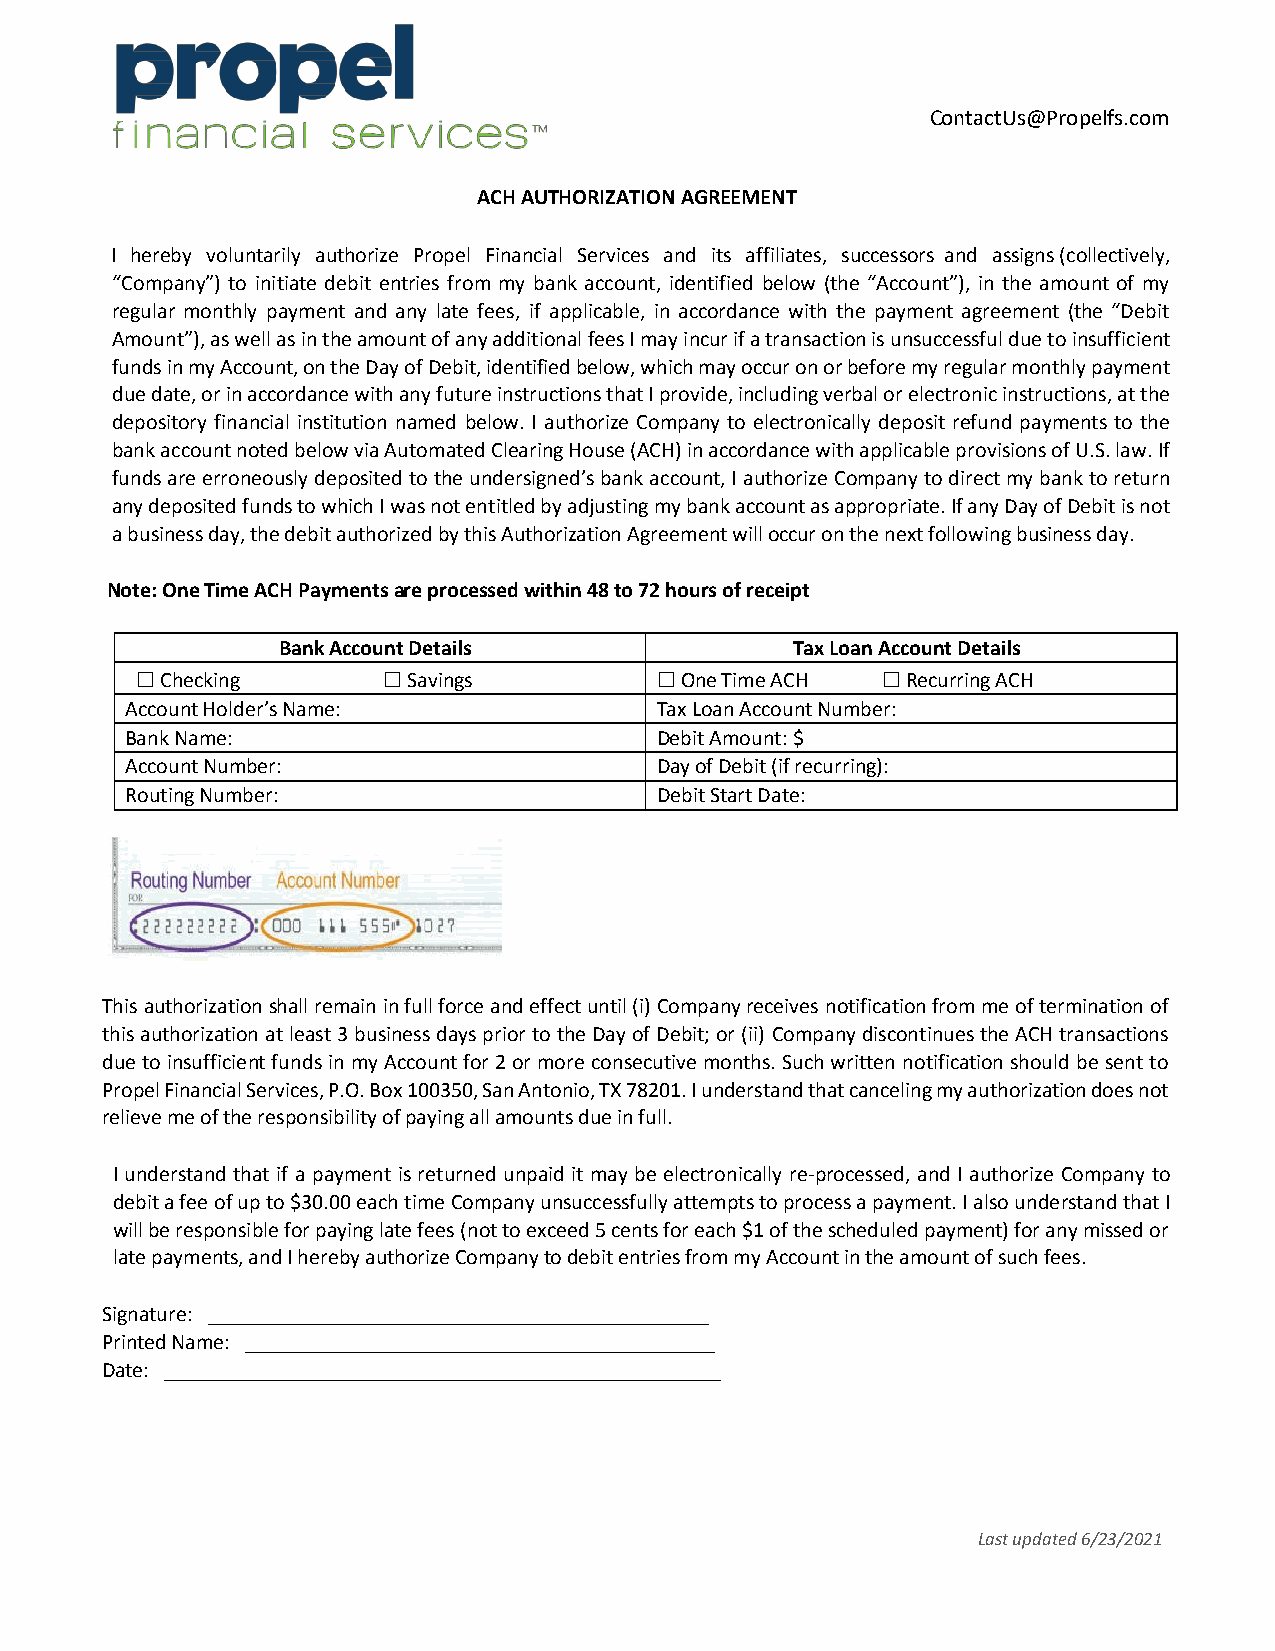
ContactUs@Propelfs.com
 ACH AUTHORIZATION AGREEMENT
 I hereby voluntarily authorize Propel Financial Services and its affiliates, successors and assigns (collectively,
 “Company”) to initiate debit entries from my bank account, identified below (the “Account”), in the amount of my
 regular monthly payment and any late fees, if applicable, in accordance with the payment agreement (the “Debit
 Amount”), as well as in the amount of any additional fees I may incur if a transaction is unsuccessful due to insufficient
 funds in my Account, on the Day of Debit, identified below, which may occur on or before my regular monthly payment
 due date, or in accordance with any future instructions that I provide, including verbal or electronic instructions, at the
 depository financial institution named below. I authorize Company to electronically deposit refund payments to the
 bank account noted below via Automated Clearing House (ACH) in accordance with applicable provisions of U.S. law. If
 funds are erroneously deposited to the undersigned’s bank account, I authorize Company to direct my bank to return
 any deposited funds to which I was not entitled by adjusting my bank account as appropriate. If any Day of Debit is not
 a business day, the debit authorized by this Authorization Agreement will occur on the next following business day.
 Note: One Time ACH Payments are processed within 48 to 72 hours of receipt
 Bank Account Details               Tax Loan Account Details
 ☐ Checking      ☐ Savings         ☐ One Time ACH ☐ Recurring ACH
 Account Holder’s Name:             Tax Loan Account Number:
 Bank Name:                         Debit Amount: $
 Account Number:                    Day of Debit (if recurring):
 Routing Number:                    Debit Start Date:
 This authorization shall remain in full force and effect until (i) Company receives notification from me of termination of
 this authorization at least 3 business days prior to the Day of Debit; or (ii) Company discontinues the ACH transactions
 due to insufficient funds in my Account for 2 or more consecutive months. Such written notification should be sent to
 Propel Financial Services, P.O. Box 100350, San Antonio, TX 78201. I understand that canceling my authorization does not
 relieve me of the responsibility of paying all amounts due in full.
 I understand that if a payment is returned unpaid it may be electronically re-processed, and I authorize Company to
 debit a fee of up to $30.00 each time Company unsuccessfully attempts to process a payment. I also understand that I
 will be responsible for paying late fees (not to exceed 5 cents for each $1 of the scheduled payment) for any missed or
 late payments, and I hereby authorize Company to debit entries from my Account in the amount of such fees.
 Signature: ______________________________________________
 Printed Name: ___________________________________________
 Date: ___________________________________________________
 Last updated 6/23/2021